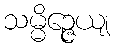
သမ္မိဉ္ဇေယျ